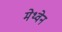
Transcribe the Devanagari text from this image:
मेथ्वेन